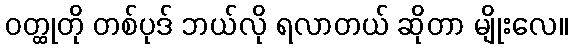
ဝတ္ထုတို တစ်ပုဒ် ဘယ်လို ရလာတယ် ဆိုတာ မျိုးလေ။